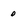
Character: 0